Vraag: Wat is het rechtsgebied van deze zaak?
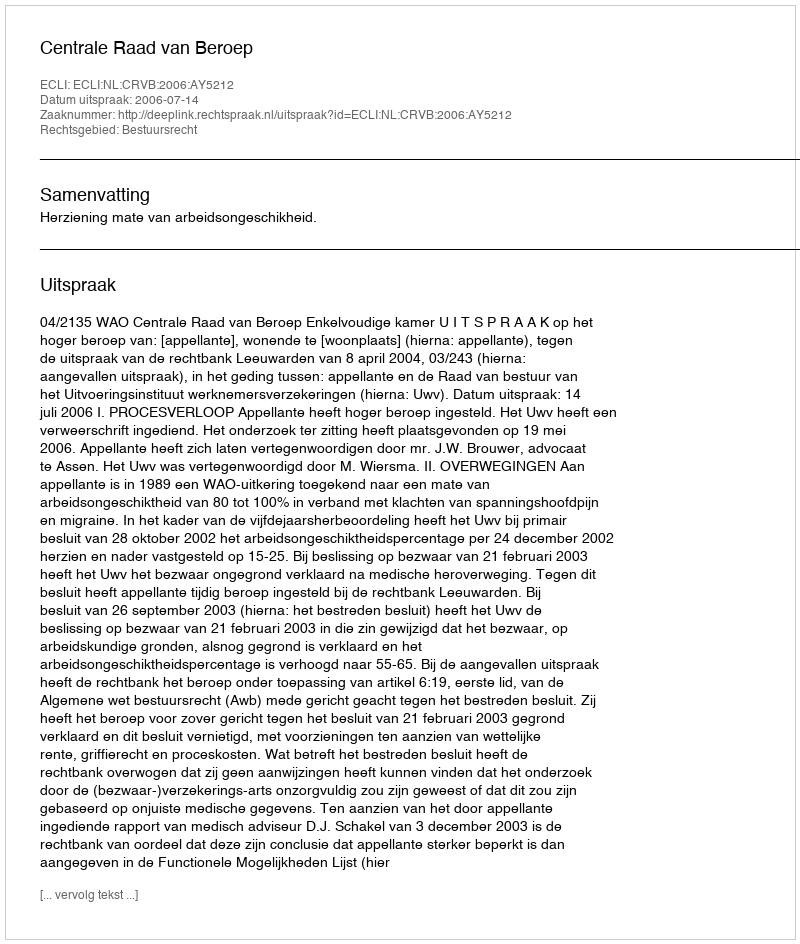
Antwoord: Bestuursrecht